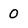
Character: 0